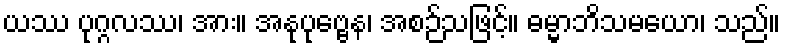
ယဿ ပုဂ္ဂလဿ၊ အား။ အနုပုဗ္ဗေန၊ အစဉ်သဖြင့်။ ဓမ္မာဘိသမယော၊ သည်။